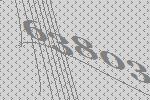
63803